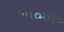
ગાભણા